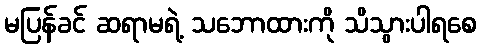
မပြန်ခင် ဆရာမရဲ့ သဘောထားကို သိသွားပါရစေ